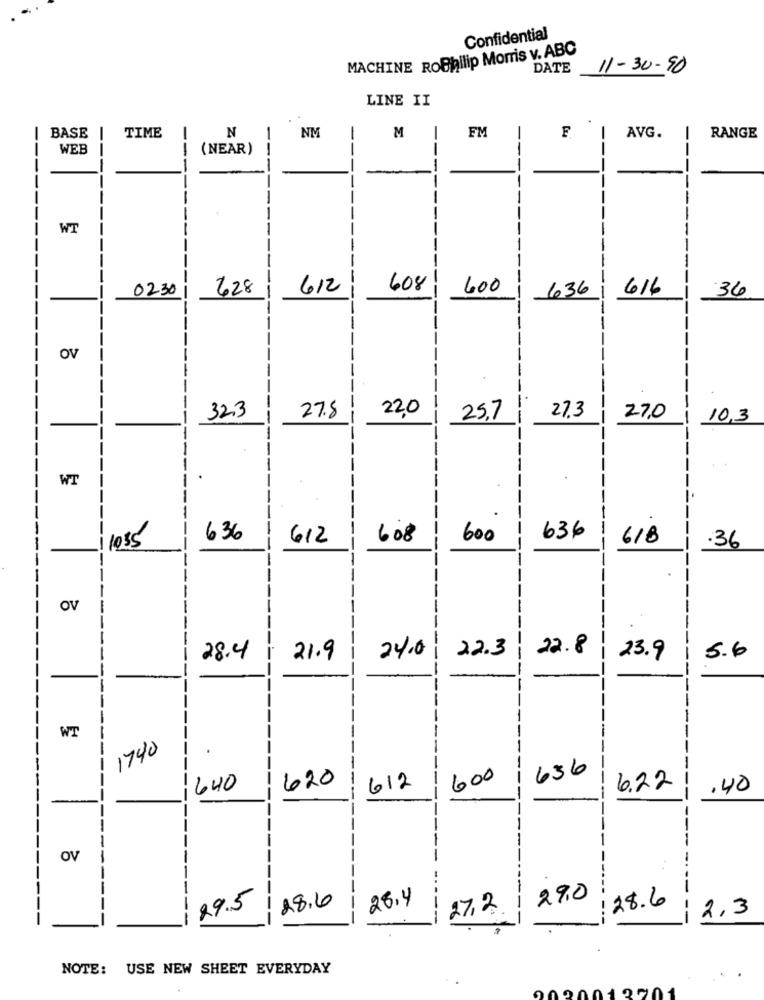
Confidential
MACHINE ROPhilip Morris v. ABC
DATE
11-30-90
LINE II
Z
FM
AVG.
RANGE
BASE
TIME
NM
M
WEB
(NEAR)
--
--
--
WT
--------
-----
-
--
--
02301
628
N
612
608
600
636
616
36
---
--
---
OV
-
--
--
M
32.3
27.8
22,0
25.7
27.3
27.0
10,3
-
WT
S
--
S
M
636
612
608
600
636
618
1035
.36
OV
-
22.3
22.8
5.6
28.4
21.9
24.0
23.9
WT
--
1740
-
636
-
--
620
600
---
640
612
6.22
.40
-
-
-
-
OV
-.
-
---
--
26.4
---
29.0
28.6
--
----
29.5
28.6
do
27.2
-
2,3
M
NOTE: USE NEW SHEET EVERYDAY
0020019901